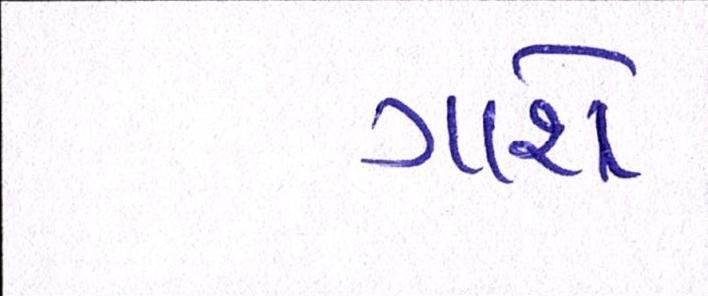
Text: ગાશે